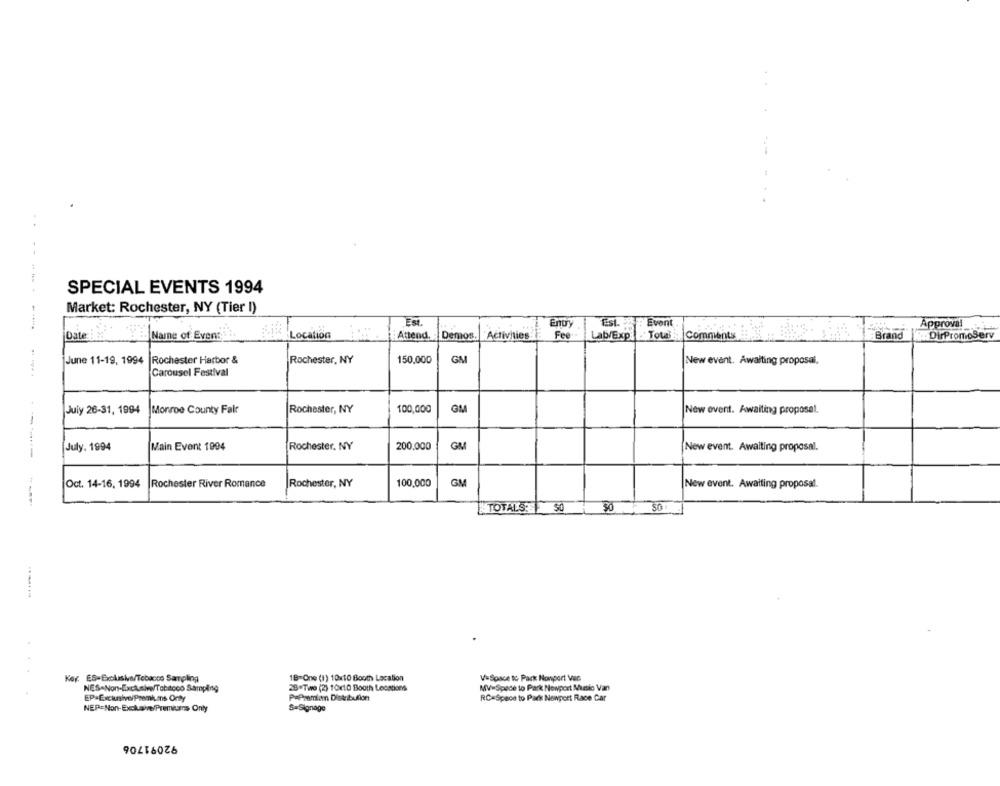
SPECIAL EVENTS 1994
Market: Rochester, NY (Tier I)
Est.
Ent
Est. & Event
Approval
Date
Name of Event
Location
Attend.
Demos.
Activities
Fee
Lab/Exp: Total in Comments
Brand
June 11-19, 1994
Rochester Harbor &
Rochester, NY
150,000
GM
New event. Awaiting proposal.
Carousel Festival
July 26-31, 1994
Monroe County Fair
Rochester, NY
100,000
GM
New event. Awaiting proposat.
July. 1994
Main Event 1994
Rochester, NY
200,000
GM
New event. Awaiting proposal.
....... ------------
Oct. 14-16, 1994
Rochester River Romance
Rochester, NY
100,000
GM
New event. Awaiting proposal.
TOTALS:
$0
SO
Key. ES-Exclusive/Tobacco Sampling
1B-One (1) 10x10 Booth Location
V= Space to Pack Nonport VaG
NES-Non-Exclusive/Tobacco Sampling
28-Two (2) 10x10 Booth Locations
MV-Spade to Park Nowport Muslo Van
EP-Exclusive/Premiums Orty
PaPromla Distribulion
RC-Space to Park Newport Race Car
NEP=Non-Exclaive/Premiums Only
$=Signage
90216026